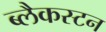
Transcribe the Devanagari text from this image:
ब्लैकस्टन